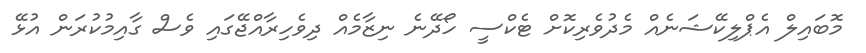
މޮބައިލް އެޕްލިކޭޝަނެއް މެދުވެރިކޮށް ޓެކްސީ ހޯދޭނެ ނިޒާމެއް ދިވެހިރާއްޖޭގައި ވެސް ގާއިމުކުރަން އުޅޭ